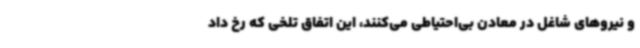
و نیروهای شاغل در معادن بی‌احتیاطی می‌کنند، این اتفاق تلخی که رخ داد